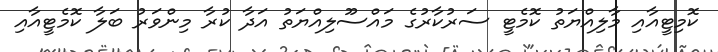
ކޮމިޓީއާއި މާލިއްޔަތު ކޮމެޓީ ސަރުކާރުގެ މައްސޫލިއްޔަތު އަދާ ކުރާ މިންވަރު ބަލާ ކޮމެޓީއާއި